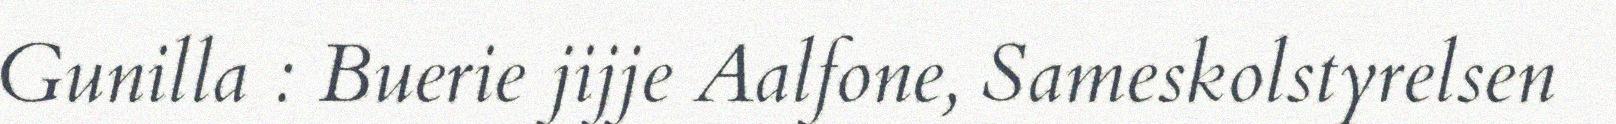
Gunilla : Buerie jijje Aalfone, Sameskolstyrelsen